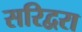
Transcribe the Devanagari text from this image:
सरिद्वरा